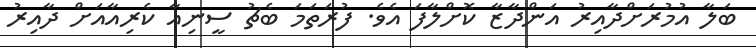
ބަލާ އުމުރަށްދާއިރު އަންދާޒާ ކޮށްލާފަ އެވެ. ފުރަތަމަ ބެޗު ސީނިއާ ކެރިއާއަށް ދާއިރު